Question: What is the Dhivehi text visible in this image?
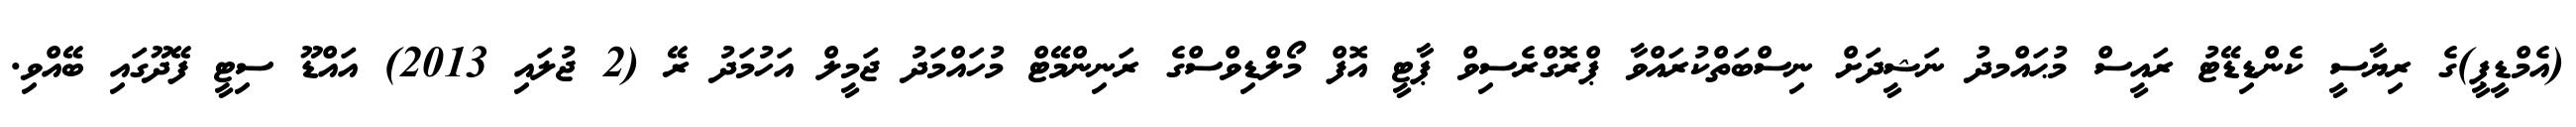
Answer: (އެމްޑީޕީ)ގެ ރިޔާސީ ކެންޑިޑޭޓު ރައީސް މުޙައްމދު ނަޝީދަށް ނިސްބަތްކުރައްވާ ޕްރޮގްރެސިވް ޕާޓީ އޮފް މޯލްޑިވްސްގެ ރަނިންމޭޓް މުހައްމަދު ޖަމީލް އަހުމަދު ރޭ (2 ޖުލައި 2013) އައްޑޫ ސިޓީ ފޭދޫގައި ބޭއްވި.